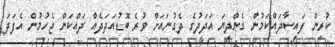
ކުރިން ފައިސާދައްކަމުން ގެންދިޔަ އަދަދުގެ ދެގުނައަށް ވުރެ ބޮޑުއަދަދެއް ދައްކަން ޖެހުމުން އެފަދަ